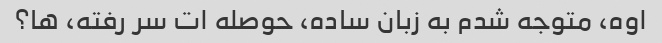
اوه، متوجه شدم به زبان ساده، حوصله ات سر رفته، ها؟